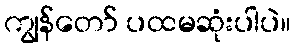
ကျွန်တော် ပထမဆုံးပါပဲ။